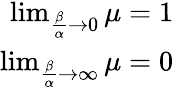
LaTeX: \begin{array}{r}{\operatorname*{lim}_{{\frac{\beta}{\alpha}}\to 0}\mu=1}\\ {\operatorname*{lim}_{{\frac{\beta}{\alpha}}\to\infty}\mu=0}\end{array}